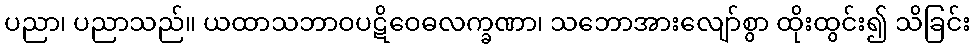
ပညာ၊ ပညာသည်။ ယထာသဘာဝပဋိဝေဓလက္ခဏာ၊ သဘောအားလျော်စွာ ထိုးထွင်း၍ သိခြင်း